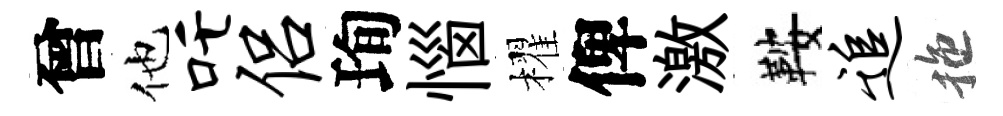
曾他吒侣珣惱櫂俾激鞍追拖